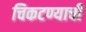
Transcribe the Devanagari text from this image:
चिकटण्याची